Leprosy in India: report of the Leprosy Commission in India, 1890-91
Year: 1890
Disease focus: Leprosy
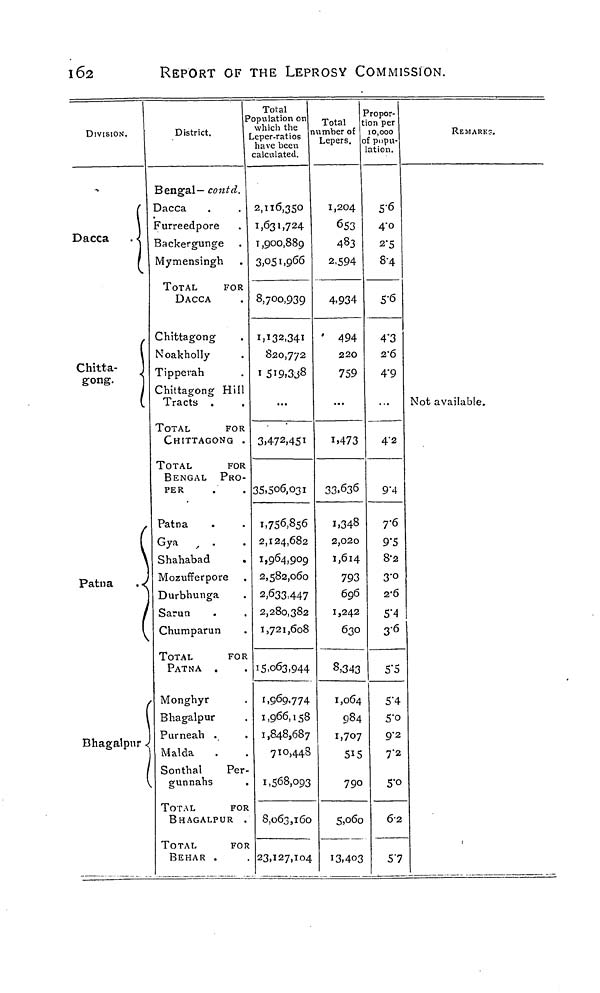
\6i
REPORT OF THE LEPROSY COMMISSION.
DIVISION.
Dacca
Chitta-
gong.
(
Patna
. <
I
Bhagalpur <
District.
Bengal— contd.
Dacca
Furreedpore
Backergunge
Mymensingh
TOTAL
FOR
DACCA
Chittagong
Noakholly
Tipperah
Chittagong Hill
Tracts .
TOTAL
FOR
CHITTAGONG .
TOTAL
FOR
BENGAL PRO-
PER
Patna
Gya
Shahabad
Mozufferpore
Durbhunga
Sarun
Chumparun
TOTAL
FOR
PATNA .
Monghyr
Bhagalpur
Purneah .
Malda
Sonthal
Per
gunnahs
TOTAL
FOR
BHAGALPUR .
TOTAL
FOR
BEHAR .
Total
'opulation on
which thê
eper-ratios
have been
calculated.
2,116,350
1,631,724
1,900,889
3,051,966
8,700,939
I,Ï32,34I
820,772
1 5i9,3j8
...
3,472,451
35,506,031
1,756,856
2,124,682
1,964,909
2,582,060
2,633.447
2,280,382
1,721,608
15,063,944
1,969.774
1,966,158
1,848,687
710,448
1,568,093
8,063,160
23,127,104
Total
umber of
Lepers.
1,204
653
483
2,594
4.934
494
220
759
...
1.473
33.636
1,348
2,020
1,614
793
696
1,242
630
8,343
1,064
984
1,707
515
790
5,o6o
13,403
D
ropor-
ion per
10,000
f popu-
ation.
5-6
4-0
2*5
8-4
5-6
4'3
2-6
4'9
...
4"2
9-4
7-6
9*5
8-2
3-0
2-6
5"4
36
5"5
5'4
5-0
9-2
7"2
5-O
62
57
REMARKS.
Not available.